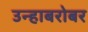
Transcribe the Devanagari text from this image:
उन्हाबरोबर